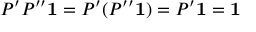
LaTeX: P ^ { \prime } P ^ { \prime \prime } \mathbf { 1 } = P ^ { \prime } ( P ^ { \prime \prime } \mathbf { 1 } ) = P ^ { \prime } \mathbf { 1 } = \mathbf { 1 }